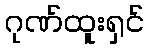
ဂုဏ်ထူးရှင်